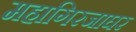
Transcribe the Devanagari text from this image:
महागिरजाघर